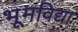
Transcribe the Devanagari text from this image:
भूमविद्या